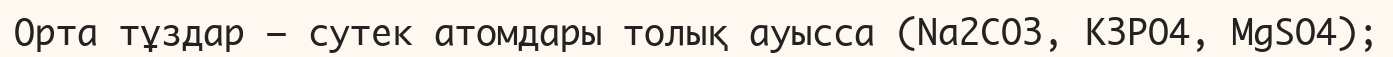
Орта тұздар – сутек атомдары толық ауысса (Na2CO3, K3PO4, MgSO4);